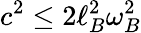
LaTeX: c^{2}\leq 2\ell_{B}^{2}\omega_{B}^{2}